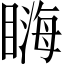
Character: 𥉪